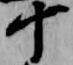
十